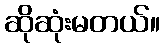
ဆိုဆုံးမတယ်။